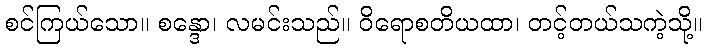
စင်ကြယ်သော။ စန္ဒော၊ လမင်းသည်။ ဝိရောစတိယထာ၊ တင့်တယ်သကဲ့သို့။